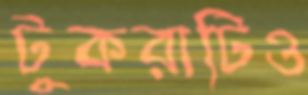
টুকরাটিও